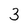
Character: 3